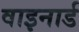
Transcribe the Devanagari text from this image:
वाइनार्ड